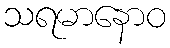
သရမာနောဝ